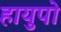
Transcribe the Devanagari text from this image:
हायुपो